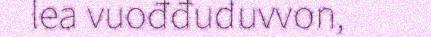
lea vuođđuduvvon,